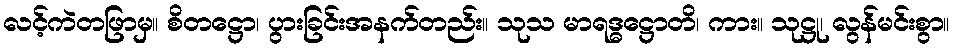
လင့်ကဲတဖြာမှ။ စိတဋ္ဌော၊ ပွားခြင်းအနက်တည်း။ သုသ မာရဒ္ဓဋ္ဌောတိ၊ ကား။ သုဋ္ဌု၊ လွန်မင်းစွာ။